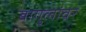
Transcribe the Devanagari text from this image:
बागुलांवर